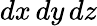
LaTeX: dx\, dy\, dz